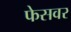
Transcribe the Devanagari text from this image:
फेसवर